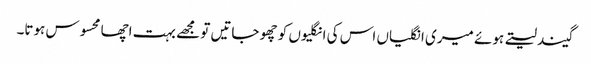
گیند لیتے ہوئے میری انگلیاں اس کی انگلیوں کو چھو جاتیں تو مجھے بہت اچھا محسوس ہوتا۔